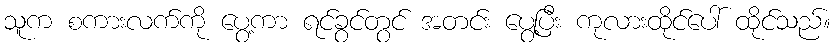
သူက စကားလက်ကို ပွေ့ကာ ရင်ခွင်တွင် အတင်း ပွေ့ပြီး ကုလားထိုင်ပေါ် ထိုင်သည်။